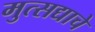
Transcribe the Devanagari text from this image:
मुत्सद्याचे